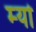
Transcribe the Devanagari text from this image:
म्‍यो